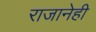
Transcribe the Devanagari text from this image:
राजानेही